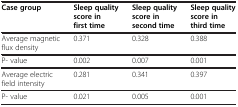
<table><thead><tr><td><b>Case group</b></td><td><b>Sleep quality score in first time</b></td><td><b>Sleep quality score in second time</b></td><td><b>Sleep quality score in third time</b></td></tr></thead><tbody><tr><td>Average magnetic flux density</td><td>0.371</td><td>0.328</td><td>0.388</td></tr><tr><td>P- value</td><td>0.002</td><td>0.007</td><td>0.001</td></tr><tr><td>Average electric field intensity</td><td>0.281</td><td>0.341</td><td>0.397</td></tr><tr><td>P- value</td><td>0.021</td><td>0.005</td><td>0.001</td></tr></tbody></table>